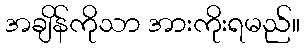
အချိန်ကိုသာ အားကိုးရမည်။